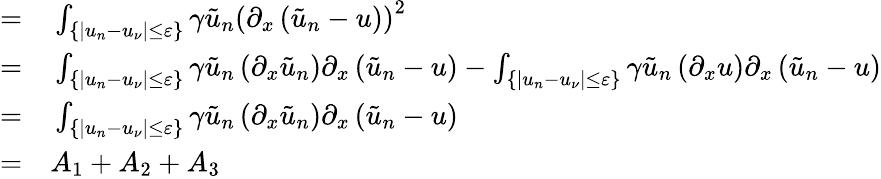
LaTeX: \begin{array}{rl}{=}&{{}\int_{\{ |u_{n}-u_{\nu}|\leq\varepsilon\} }\gamma\tilde{u}_{n}\left(\partial_{x}\left(\tilde{u}_{n}-u\right)\right)^{2}}\\ {=}&{{}\int_{\{ |u_{n}-u_{\nu}|\leq\varepsilon\} }\gamma\tilde{u}_{n}\left(\partial_{x}\tilde{u}_{n}\right)\partial_{x}\left(\tilde{u}_{n}-u\right)-\int_{\{ |u_{n}-u_{\nu}|\leq\varepsilon\} }\gamma\tilde{u}_{n}\left(\partial_{x}u\right)\partial_{x}\left(\tilde{u}_{n}-u\right)}\\ {=}&{{}\int_{\{ |u_{n}-u_{\nu}|\leq\varepsilon\} }\gamma\tilde{u}_{n}\left(\partial_{x}\tilde{u}_{n}\right)\partial_{x}\left(\tilde{u}_{n}-u\right)}\\ {=}&{{}A_{1}+A_{2}+A_{3}}\end{array}